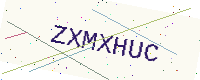
Text: ZXMXHUC